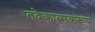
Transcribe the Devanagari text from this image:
तदेकात्मकरूप